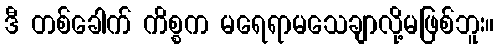
ဒီ တစ်ခေါက် ကိစ္စက မရေရာမသေချာလို့မဖြစ်ဘူး။